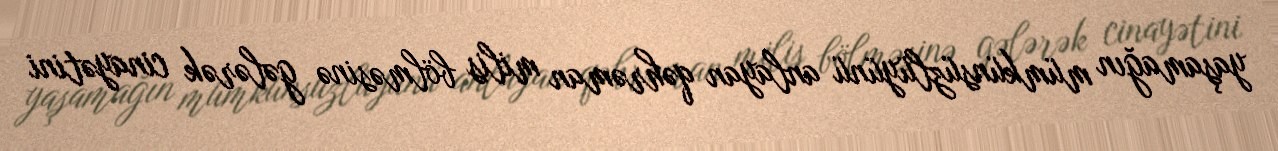
yaşamağın mümkünsüzlüyünü anlayan qəhrəman milis bölməsinə gələrək cinayətini